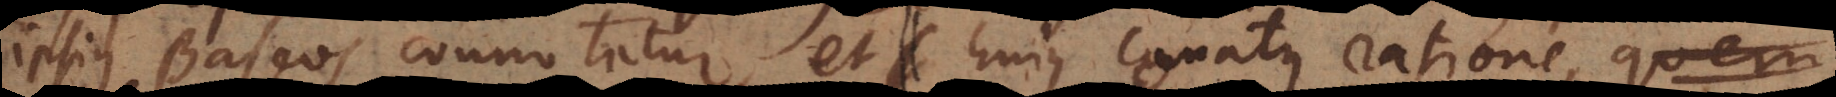
ipsius Baseos connotatur, et hujus conatus ratione, quem